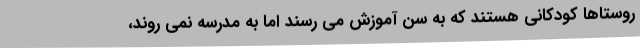
روستاها کودکانی هستند که به سن آموزش می رسند اما به مدرسه نمی روند،